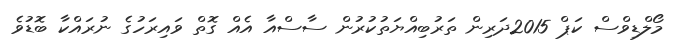
މޯލްޑިވްސް ކަޕް 2015ދަރިން ތަރުބިއްޔަތުކުރުން ސާސްއާ އެއް ގޮތް ވައިރަހުގެ ނުރައްކާ ބޮޑުވެ